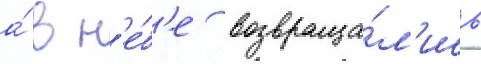
а́ в н'е́б'е возвраща́л'ись